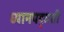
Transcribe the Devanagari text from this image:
ध्यानपद्धती